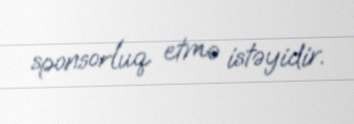
sponsorluq etmə istəyidir.